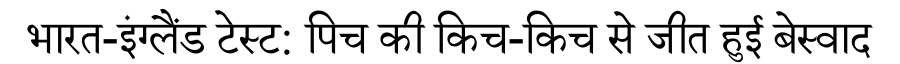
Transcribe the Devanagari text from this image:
भारत-इंग्लैंड टेस्ट: पिच की किच-किच से जीत हुई बेस्वाद